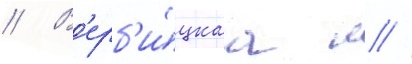
// В'ерб'и́цкаа л //